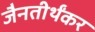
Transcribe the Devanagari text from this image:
जैनतीर्थंकर